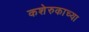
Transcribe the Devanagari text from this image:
कशेरुकाच्या